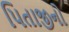
પિતાજીનો